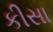
કીસા